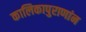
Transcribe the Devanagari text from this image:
कालिकापुराणांन